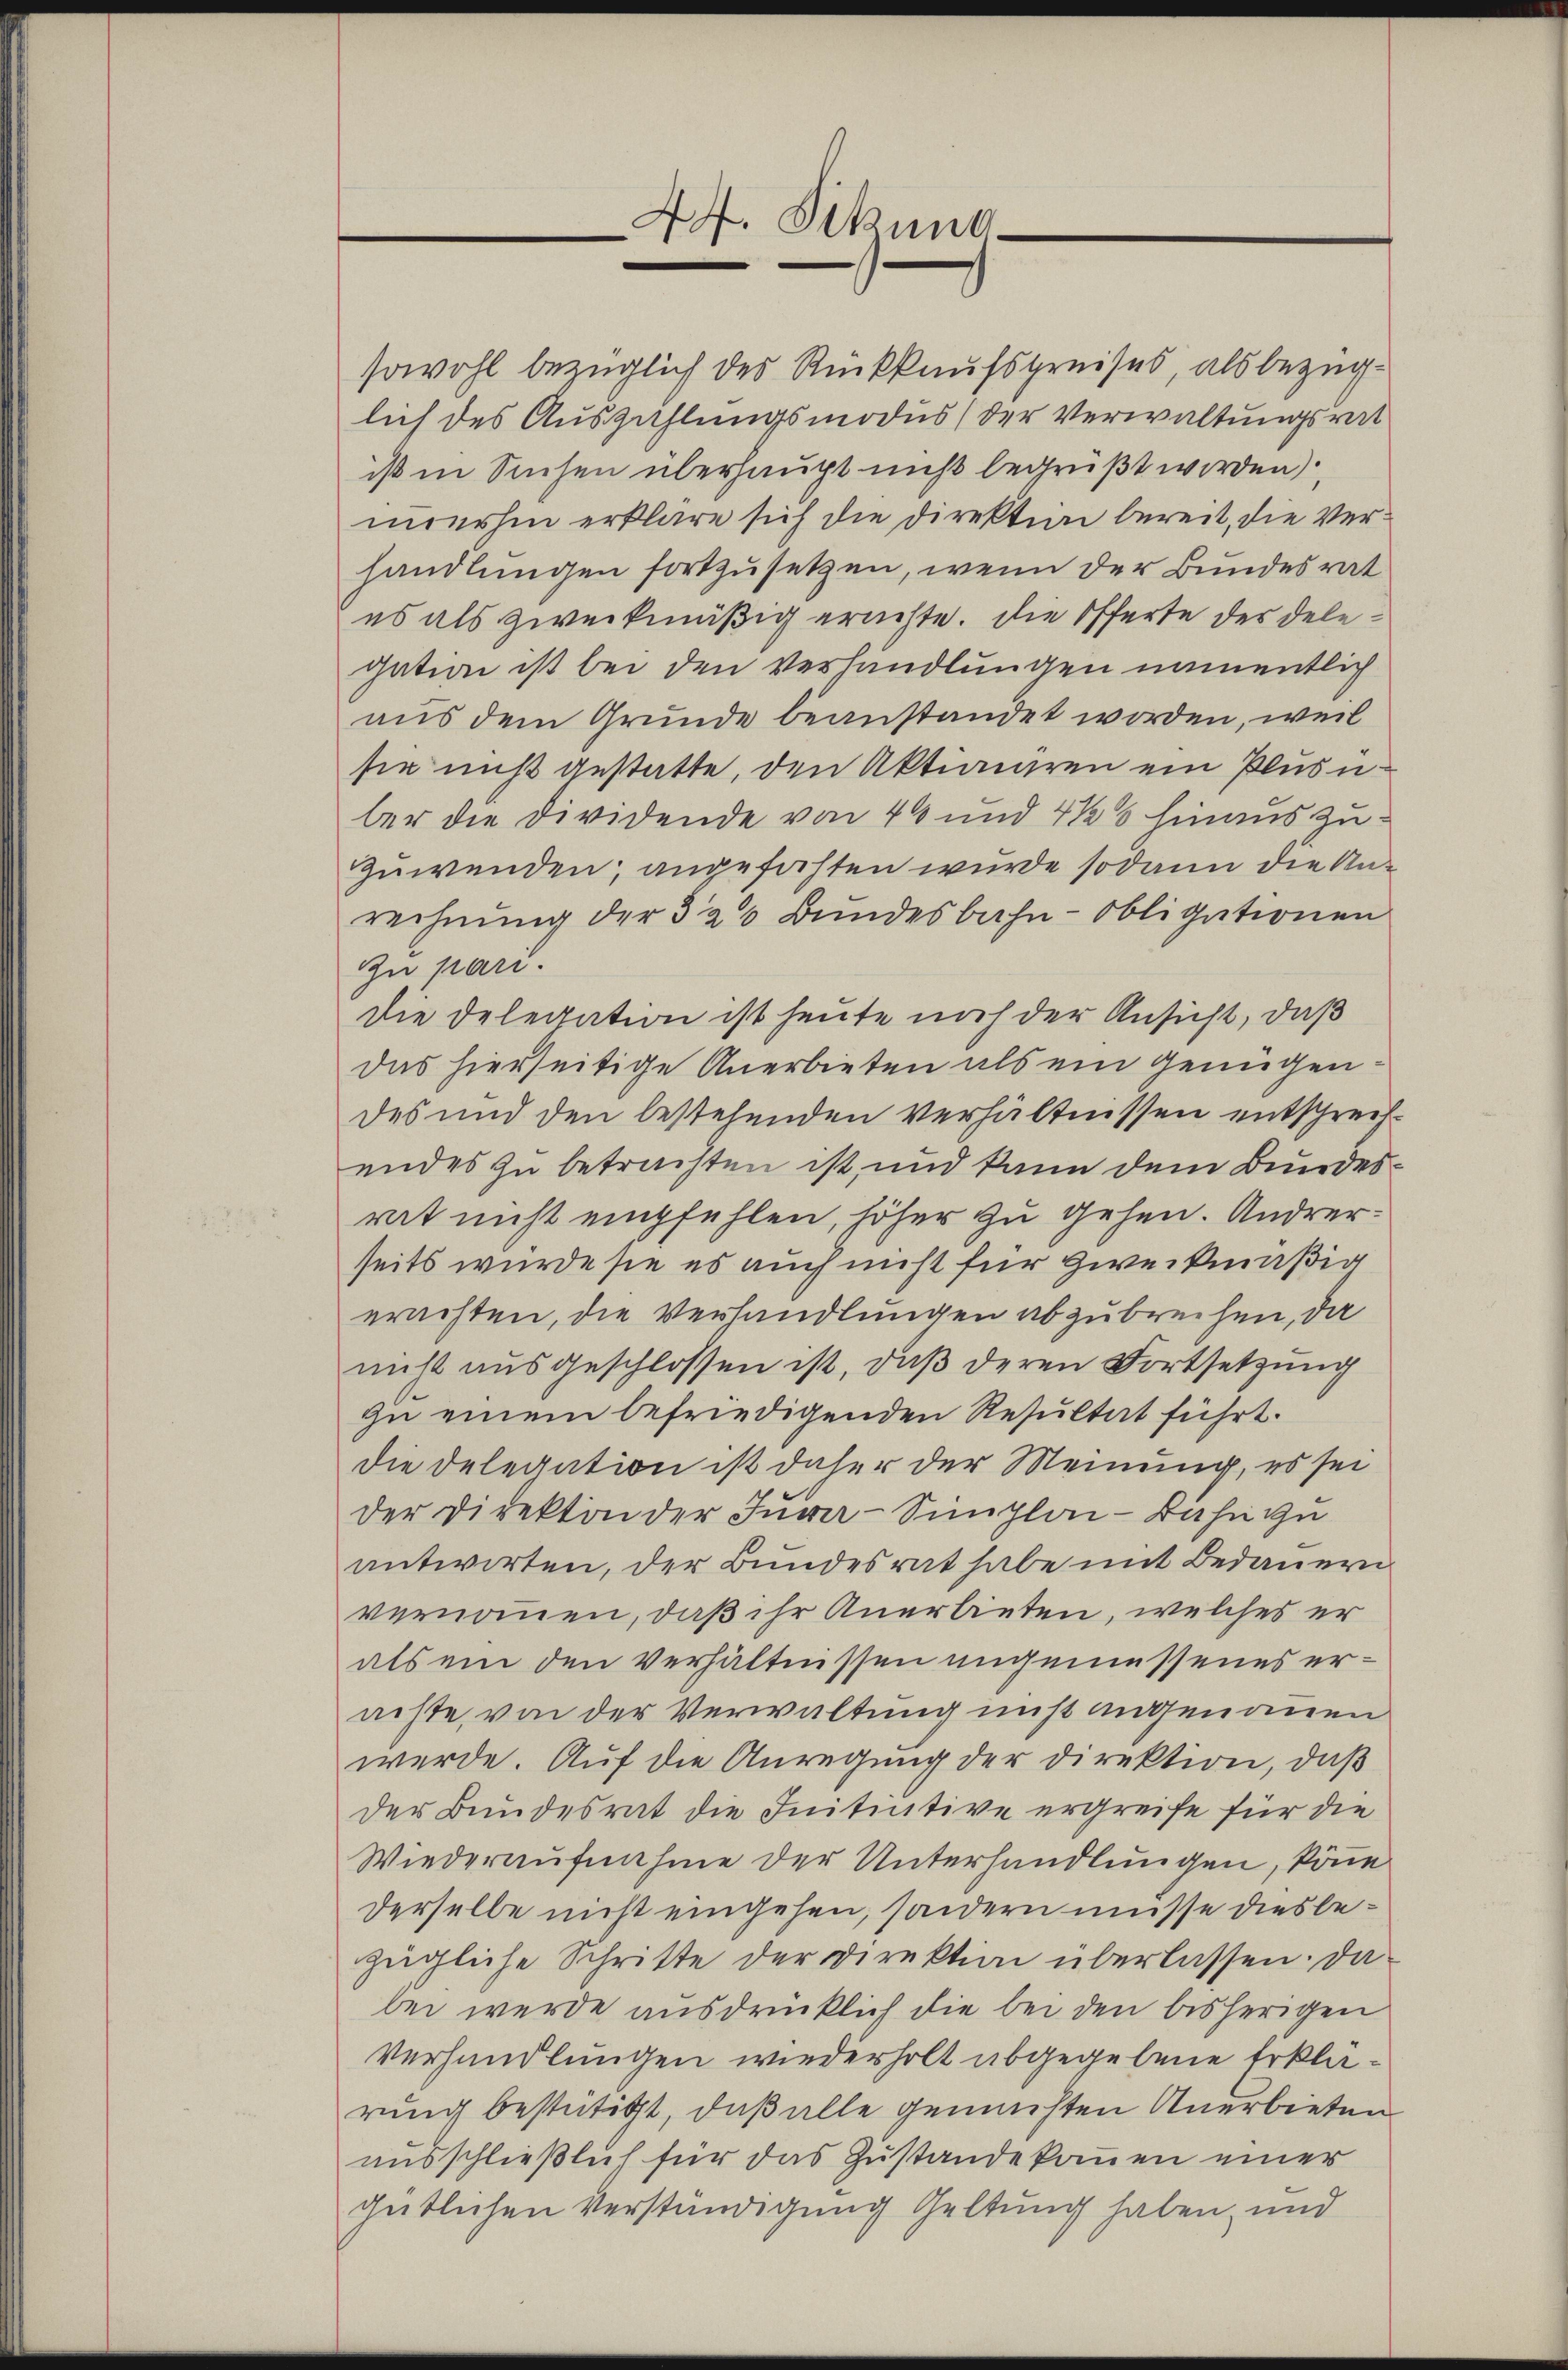
44. Sekund

sowohl bezüglich des Rückkaufspreises, als bezüglich des Auszahlungsmodus (der Verwaltungsrat
ist in Suchen überhaupt nicht begrüßt worden,
merhin erkläre sich die Direktion bereit, die Verhandlungen fortzusetzen, wenn der Bundesrat
es als zweckmäßig erachte. Die Offerte des Delegation ist bei den Verhandlungen namentlich
aus dem Grunde beanstandet worden, weil
sie nicht gestatte, den Aktiendren ein Plusnber die Dividende von 40 und 4 ½ 5 hinaus zu¬
Zuwenden, angefochten wurde sodann die Anrechnung der 320 Bundesbahn-Obligationen
u pari.
Die Delegation ist heute noch der Ansicht, daß
das hierseitige Anerbieten als ein Genügendes und den bestehenden Verhältnissen entschreifendes zu betrachten ist, und kann dem Bundesrat nicht empfehlen, höher zu gehen. Andrerseits wurde sie es auch nicht für zweckmäßig
erachten, die Verhandlungen abzubrechen, da
nicht ausgeschlossen ist, daß deren Fortsetzung
zu einem befriedigenden Resultat führt.
die Delegation ist daher der Meinung, es sei
der Direktion der Jura-Simploi-Bahn zu
antworten, der Bundesrat habe mit Bedauern
vernommen, daß ihr Anerbieten, welches er
als ein den verhältnissen angemessenes erachte, von der Verwaltung nicht angenommen
werde. Auf die Anregung der Direktion, daß
der Bundesrat die Initiative ergreife für die
Wiederaufnahme der Unterhandlungen, könne
derselbe nicht eingehen, sondern müsse diesbezügliche Schritte der Direktion überlassen. Da
bei werde ausdrücklich die bei den bisherigen
Verhandlungen wiederholt abgegebene Erklärung bestätigt, daß alle gemachten Anerbieten
ausschließlich für das Zustande kommen einer
gütlichen Verständigung Geltung haben, und